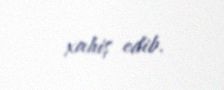
xahiş edib.